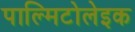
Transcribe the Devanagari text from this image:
पाल्मिटोलेइक